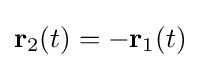
\mathbf {r} _{2}(t)=-\mathbf {r} _{1}(t)